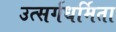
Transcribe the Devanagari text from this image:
उत्सर्गधर्मिता